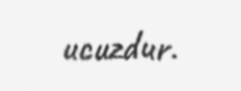
ucuzdur.